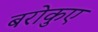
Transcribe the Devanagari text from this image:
बरोकुए